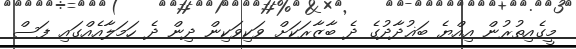
މީގެއިތުރުން އިއްޔެ ބަޣުދާދުގެ ދެ ބާޒާރަކަށް ވަކިވަކިން ދިން ދެ ހަމަލާއެއްގައި ފަސް